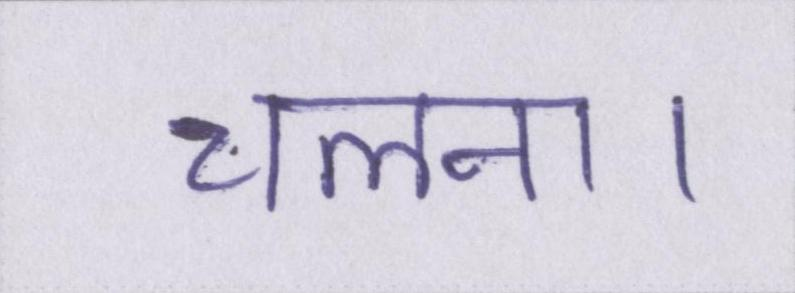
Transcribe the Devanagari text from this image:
चलना।